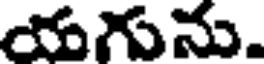
యగును.